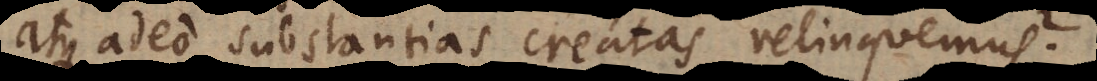
atque adeo substantias creatas relinquemus